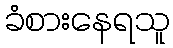
ခံစားနေရသူ